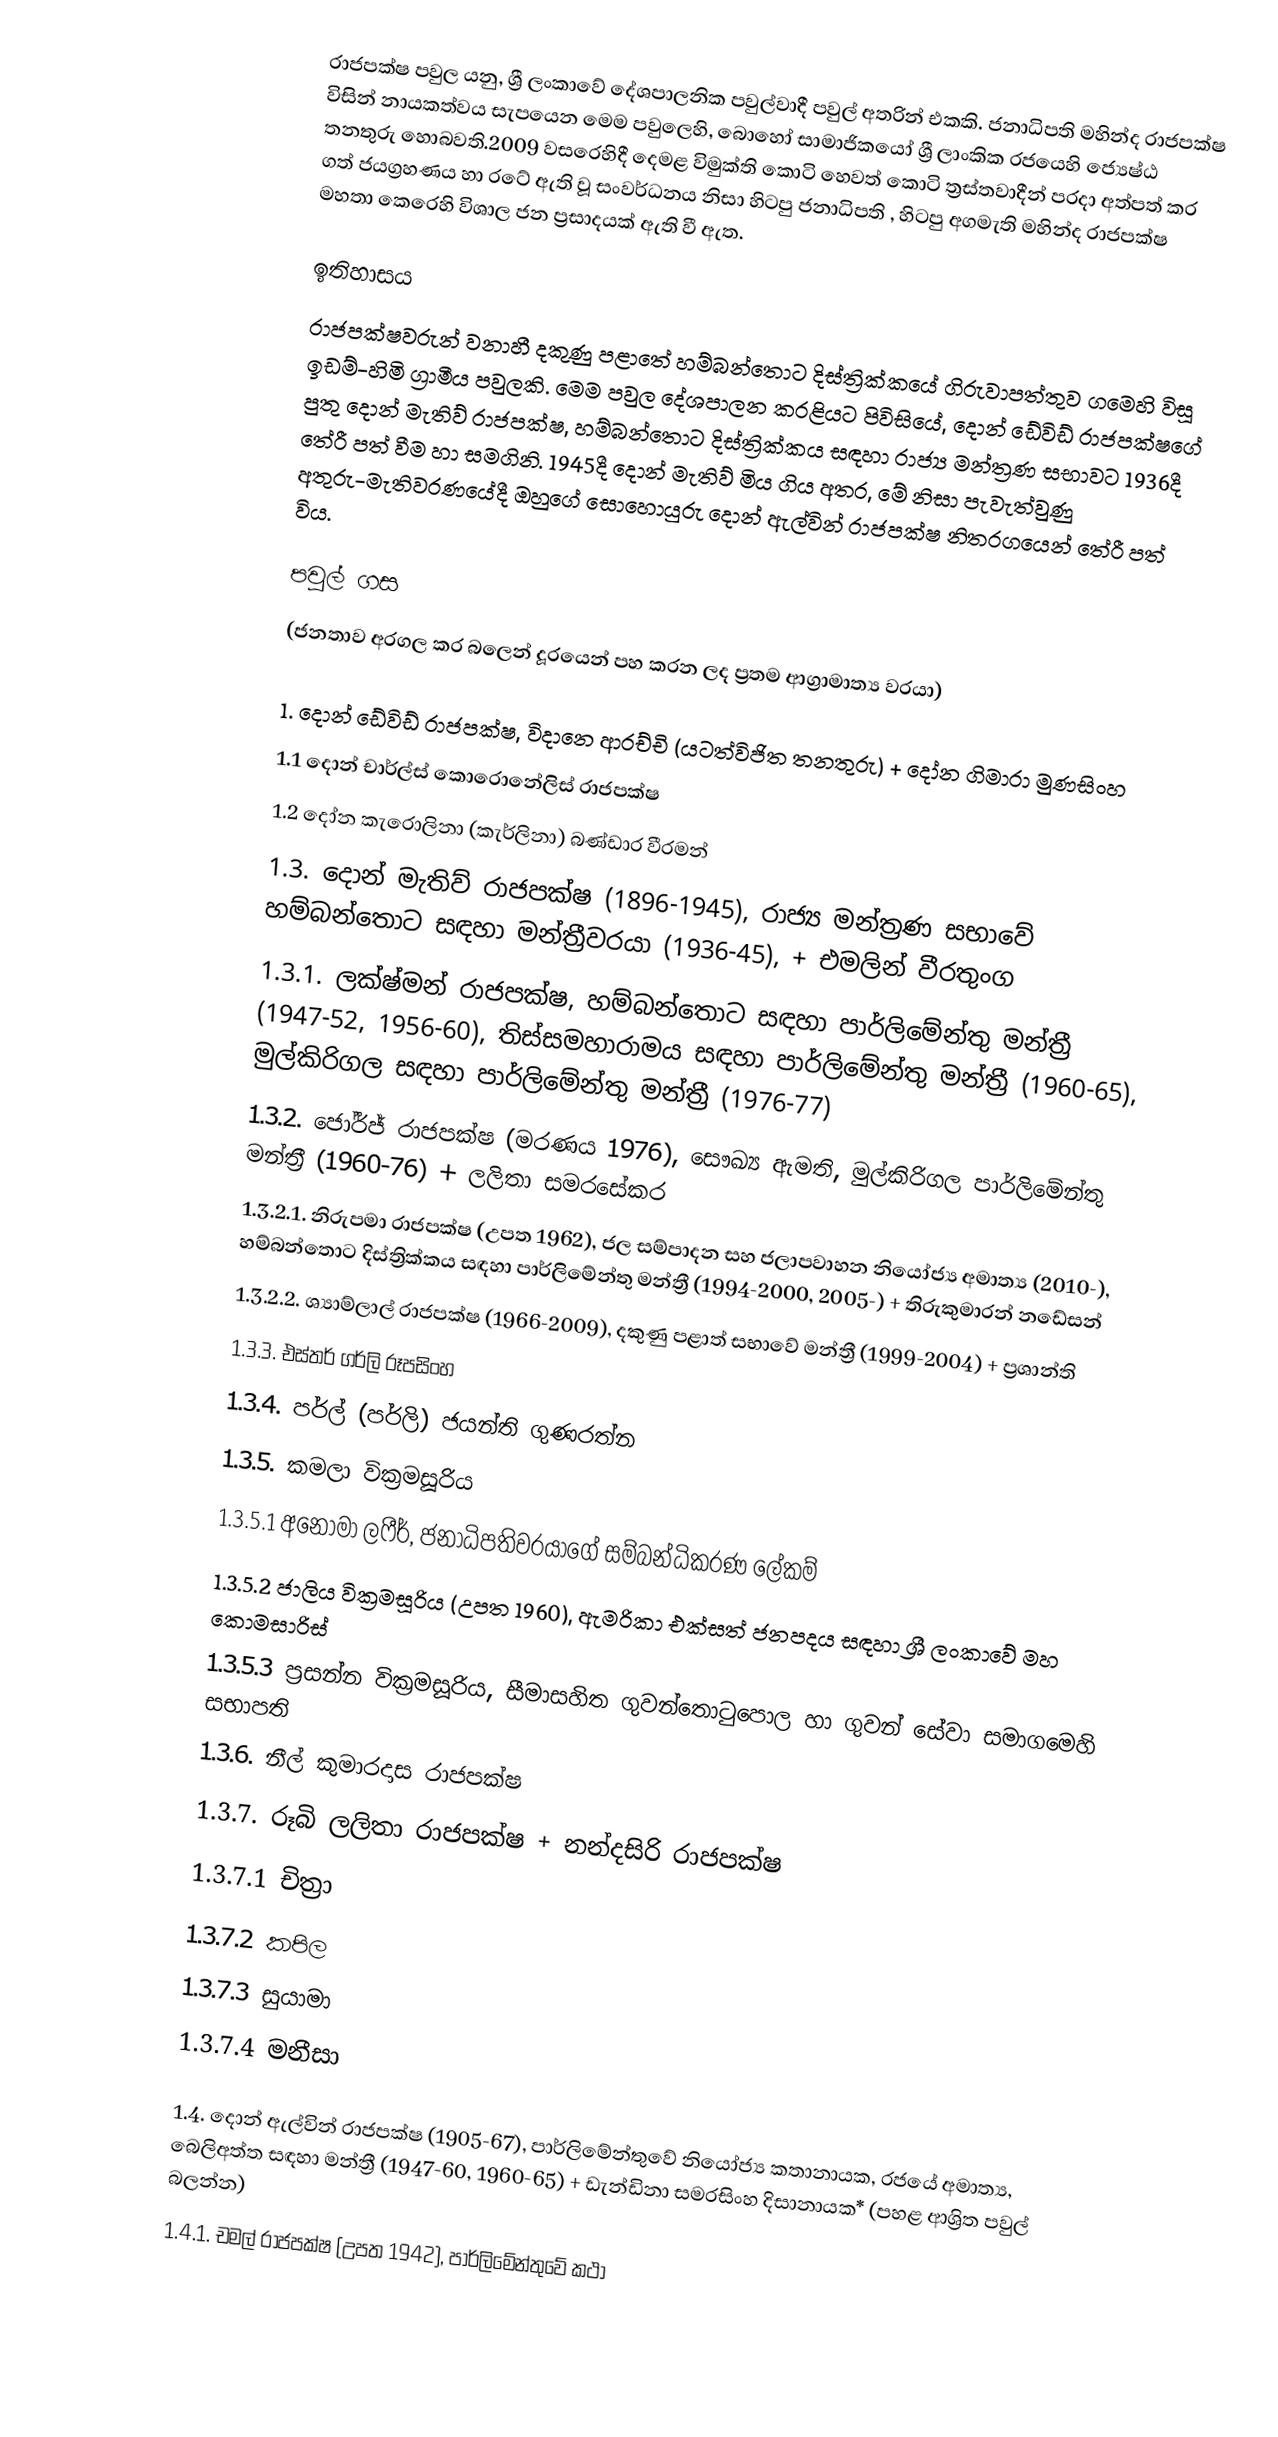
රාජපක්ෂ පවුල යනු, ශ්‍රී ලංකාවේ දේශපාලනික පවුල්වාදී  පවුල් අතරින් එකකි. ජනාධිපති මහින්ද රාජපක්ෂ විසින් නායකත්වය සැපයෙන මෙම පවුලෙහි, බොහෝ සාමාජිකයෝ ශ්‍රී ලාංකික රජයෙහි ජ්‍යෙෂ්ඨ තනතුරු හොබවති.2009 වසරෙහිදී දෙමළ විමුක්ති කොටි හෙවත් කොටි ත්‍රස්තවාදීන් පරදා අත්පත් කර ගත් ජයග්‍රහණය හා රටේ ඇති වූ සංවර්ධනය නිසා හිටපු ජනාධිපති ,  හිටපු අගමැති මහින්ද රාජපක්ෂ මහතා කෙරෙහි විශාල ජන ප්‍රසාදයක් ඇති වී ඇත.

ඉතිහාසය
රාජපක්ෂවරුන් වනාහී දකුණු පළාතේ හම්බන්තොට දිස්ත්‍රික්කයේ ගිරුවාපත්තුව ගමෙහි විසූ ඉඩම්-හිමි ග්‍රාමීය පවුලකි. මෙම පවුල දේශපාලන කරළියට පිවිසියේ,  දොන් ඩේවිඩ් රාජපක්ෂගේ පුතු දොන් මැතිව් රාජපක්ෂ,   හම්බන්තොට දිස්ත්‍රික්කය සඳහා රාජ්‍ය මන්ත්‍රණ සභාවට 1936දී තේරී පත් වීම හා සමගිනි. 1945දී දොන් මැතිව් මිය ගිය අතර, මේ නිසා පැවැත්වුණු අතුරු-මැතිවරණයේදී ඔහුගේ සොහොයුරු දොන් ඇල්වින් රාජපක්ෂ නිතරගයෙන් තේරී පත් විය.

පවුල් ගස
 (ජනතාව අරගල කර බලෙන් දූරයෙන් පහ කරන ලද ප්‍රතම ආග්‍රාමාත්‍ය වරයා)

1. දොන් ඩේවිඩ් රාජපක්ෂ, විදානෙ ආරච්චි (යටත්විජිත තනතුරු) + දෝන ගිමාරා මුණසිංහ
1.1 දොන් චාර්ල්ස් කොරොනේලිස් රාජපක්ෂ
1.2 දෝන කැරොලිනා  (කැර්ලිනා) බණ්ඩාර  වීරමන්
1.3. දොන් මැතිව් රාජපක්ෂ (1896-1945),  රාජ්‍ය මන්ත්‍රණ සභාවේ හම්බන්තොට සඳහා මන්ත්‍රීවරයා  (1936-45), + එමලින් වීරතුංග
1.3.1. ලක්ෂ්මන් රාජපක්ෂ, හම්බන්තොට සඳහා පාර්ලිමේන්තු මන්ත්‍රී  (1947-52, 1956-60), තිස්සමහාරාමය සඳහා පාර්ලිමේන්තු මන්ත්‍රී (1960-65), මුල්කිරිගල සඳහා පාර්ලිමේන්තු මන්ත්‍රී (1976-77)
1.3.2. ජෝර්ජ් රාජපක්ෂ (මරණය  1976), සෞඛ්‍ය ඇමති, මුල්කිරිගල පාර්ලිමේන්තු මන්ත්‍රී (1960-76) + ලලිතා සමරසේකර
1.3.2.1. නිරුපමා රාජපක්ෂ (උපත 1962), ජල සම්පාදන සහ ජලාපවාහන නියෝජ්‍ය අමාත්‍ය (2010-), හම්බන්තොට දිස්ත්‍රික්කය සඳහා පාර්ලිමේන්තු මන්ත්‍රී (1994-2000, 2005-) + තිරුකුමාරන් නඩේසන්
1.3.2.2. ශ්‍යාම්ලාල් රාජපක්ෂ (1966-2009), දකුණු පළාත් සභාවේ මන්ත්‍රී (1999-2004) + ප්‍රශාන්ති
1.3.3. එස්තර් ගර්ලි රූපසිංහ
1.3.4. පර්ල් (පර්ලි) ජයන්ති ගුණරත්න
1.3.5. කමලා වික්‍රමසූරිය
1.3.5.1 අනෝමා ලෆීර්, ජනාධිපතිවරයාගේ සම්බන්ධිකරණ ලේකම්
1.3.5.2 ජාලිය වික්‍රමසූරිය (උපත 1960), ඇමරිකා එක්සත් ජනපදය සඳහා ශ්‍රී ලංකාවේ මහ කොමසාරිස්
1.3.5.3 ප්‍රසන්න වික්‍රමසූරිය, සීමාසහිත ගුවන්තොටුපොල හා ගුවන් සේවා සමාගමෙහි සභාපති
1.3.6. නීල් කුමාරදාස රාජපක්ෂ
1.3.7. රූබි ලලිතා රාජපක්ෂ + නන්දසිරි රාජපක්ෂ
1.3.7.1 චිත්‍රා
1.3.7.2 කපිල
1.3.7.3 සුයාමා
1.3.7.4 මනීසා

1.4. දොන් ඇල්වින් රාජපක්ෂ (1905-67), පාර්ලිමේන්තුවේ නියෝජ්‍ය කතානායක, රජයේ අමාත්‍ය, බෙලිඅත්ත සඳහා මන්ත්‍රී (1947-60, 1960-65) + ඩැන්ඩිනා සමරසිංහ දිසානායක* (පහළ ආශ්‍රිත පවුල් බලන්න)
1.4.1. චමල් රාජපක්ෂ (උපත 1942), පාර්ලිමේන්තුවේ කථා